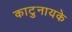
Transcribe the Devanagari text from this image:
काटुनायके